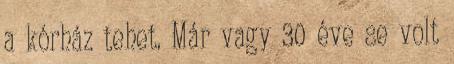
a kórház tehet. Már vagy 30 éve se volt